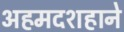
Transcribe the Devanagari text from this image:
अहमदशहाने